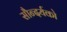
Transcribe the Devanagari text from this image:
सौन्दर्यको